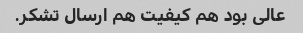
عالی بود هم کیفیت هم ارسال تشکر.